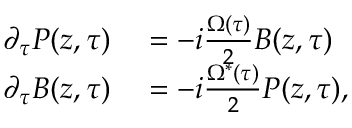
\begin{array} { r l } { \partial _ { \tau } P ( z , \tau ) } & { { } = - i \frac { \Omega ( \tau ) } { 2 } B ( z , \tau ) } \\ { \partial _ { \tau } B ( z , \tau ) } & { { } = - i \frac { \Omega ^ { * } ( \tau ) } { 2 } P ( z , \tau ) , } \end{array}